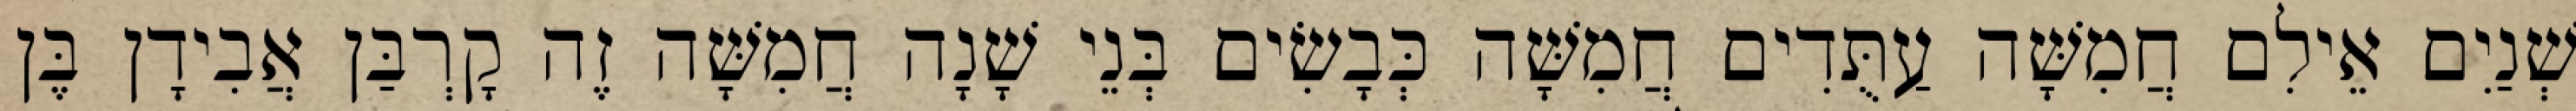
שְׁנַיִם אֵילִם חֲמִשָּׁה עַתֻּדִים חֲמִשָּׁה כְּבָשִׂים בְּנֵי שָׁנָה חֲמִשָּׁה זֶה קָרְבַּן אֲבִידָן בֶּן